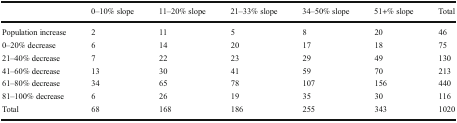
|  | 0–10% slope | 11–20% slope | 21–33% slope | 34–50% slope | 51+% slope | Total |
 | --- | --- | --- | --- | --- | --- | --- |
 | Population increase | 2 | 11 | 5 | 8 | 20 | 46 |
 | 0–20% decrease | 6 | 14 | 20 | 17 | 18 | 75 |
 | 21–40% decrease | 7 | 22 | 23 | 29 | 49 | 130 |
 | 41–60% decrease | 13 | 30 | 41 | 59 | 70 | 213 |
 | 61–80% decrease | 34 | 65 | 78 | 107 | 156 | 440 |
 | 81–100% decrease | 6 | 26 | 19 | 35 | 30 | 116 |
 | Total | 68 | 168 | 186 | 255 | 343 | 1020 |